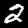
Digit: 2